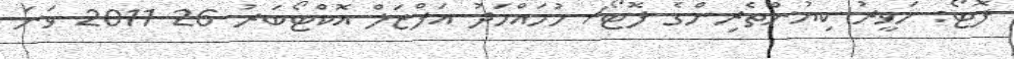
ފޮޓޯ: ހަވީރު ކިޔުންތެރިންގެ ފޮޓޯ/ މުހައްމަދު އަފްޒަލް އޮކްޓޯބަރު 26 2011 ވަނަ